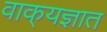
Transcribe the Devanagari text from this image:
वाक्‌यज्ञात